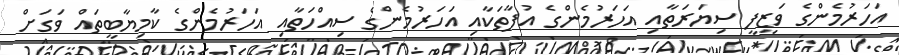
އަހަރުމެންގެ ވަޒީފީ ސިޔަރަތާއި އަހަރުމެންގެ އުފާތަކާއި އަހަރުމެންގެ ސިއްހަތާއި އަހަރުމެންގެ ކާމިޔާބީތައް ވަގަށް